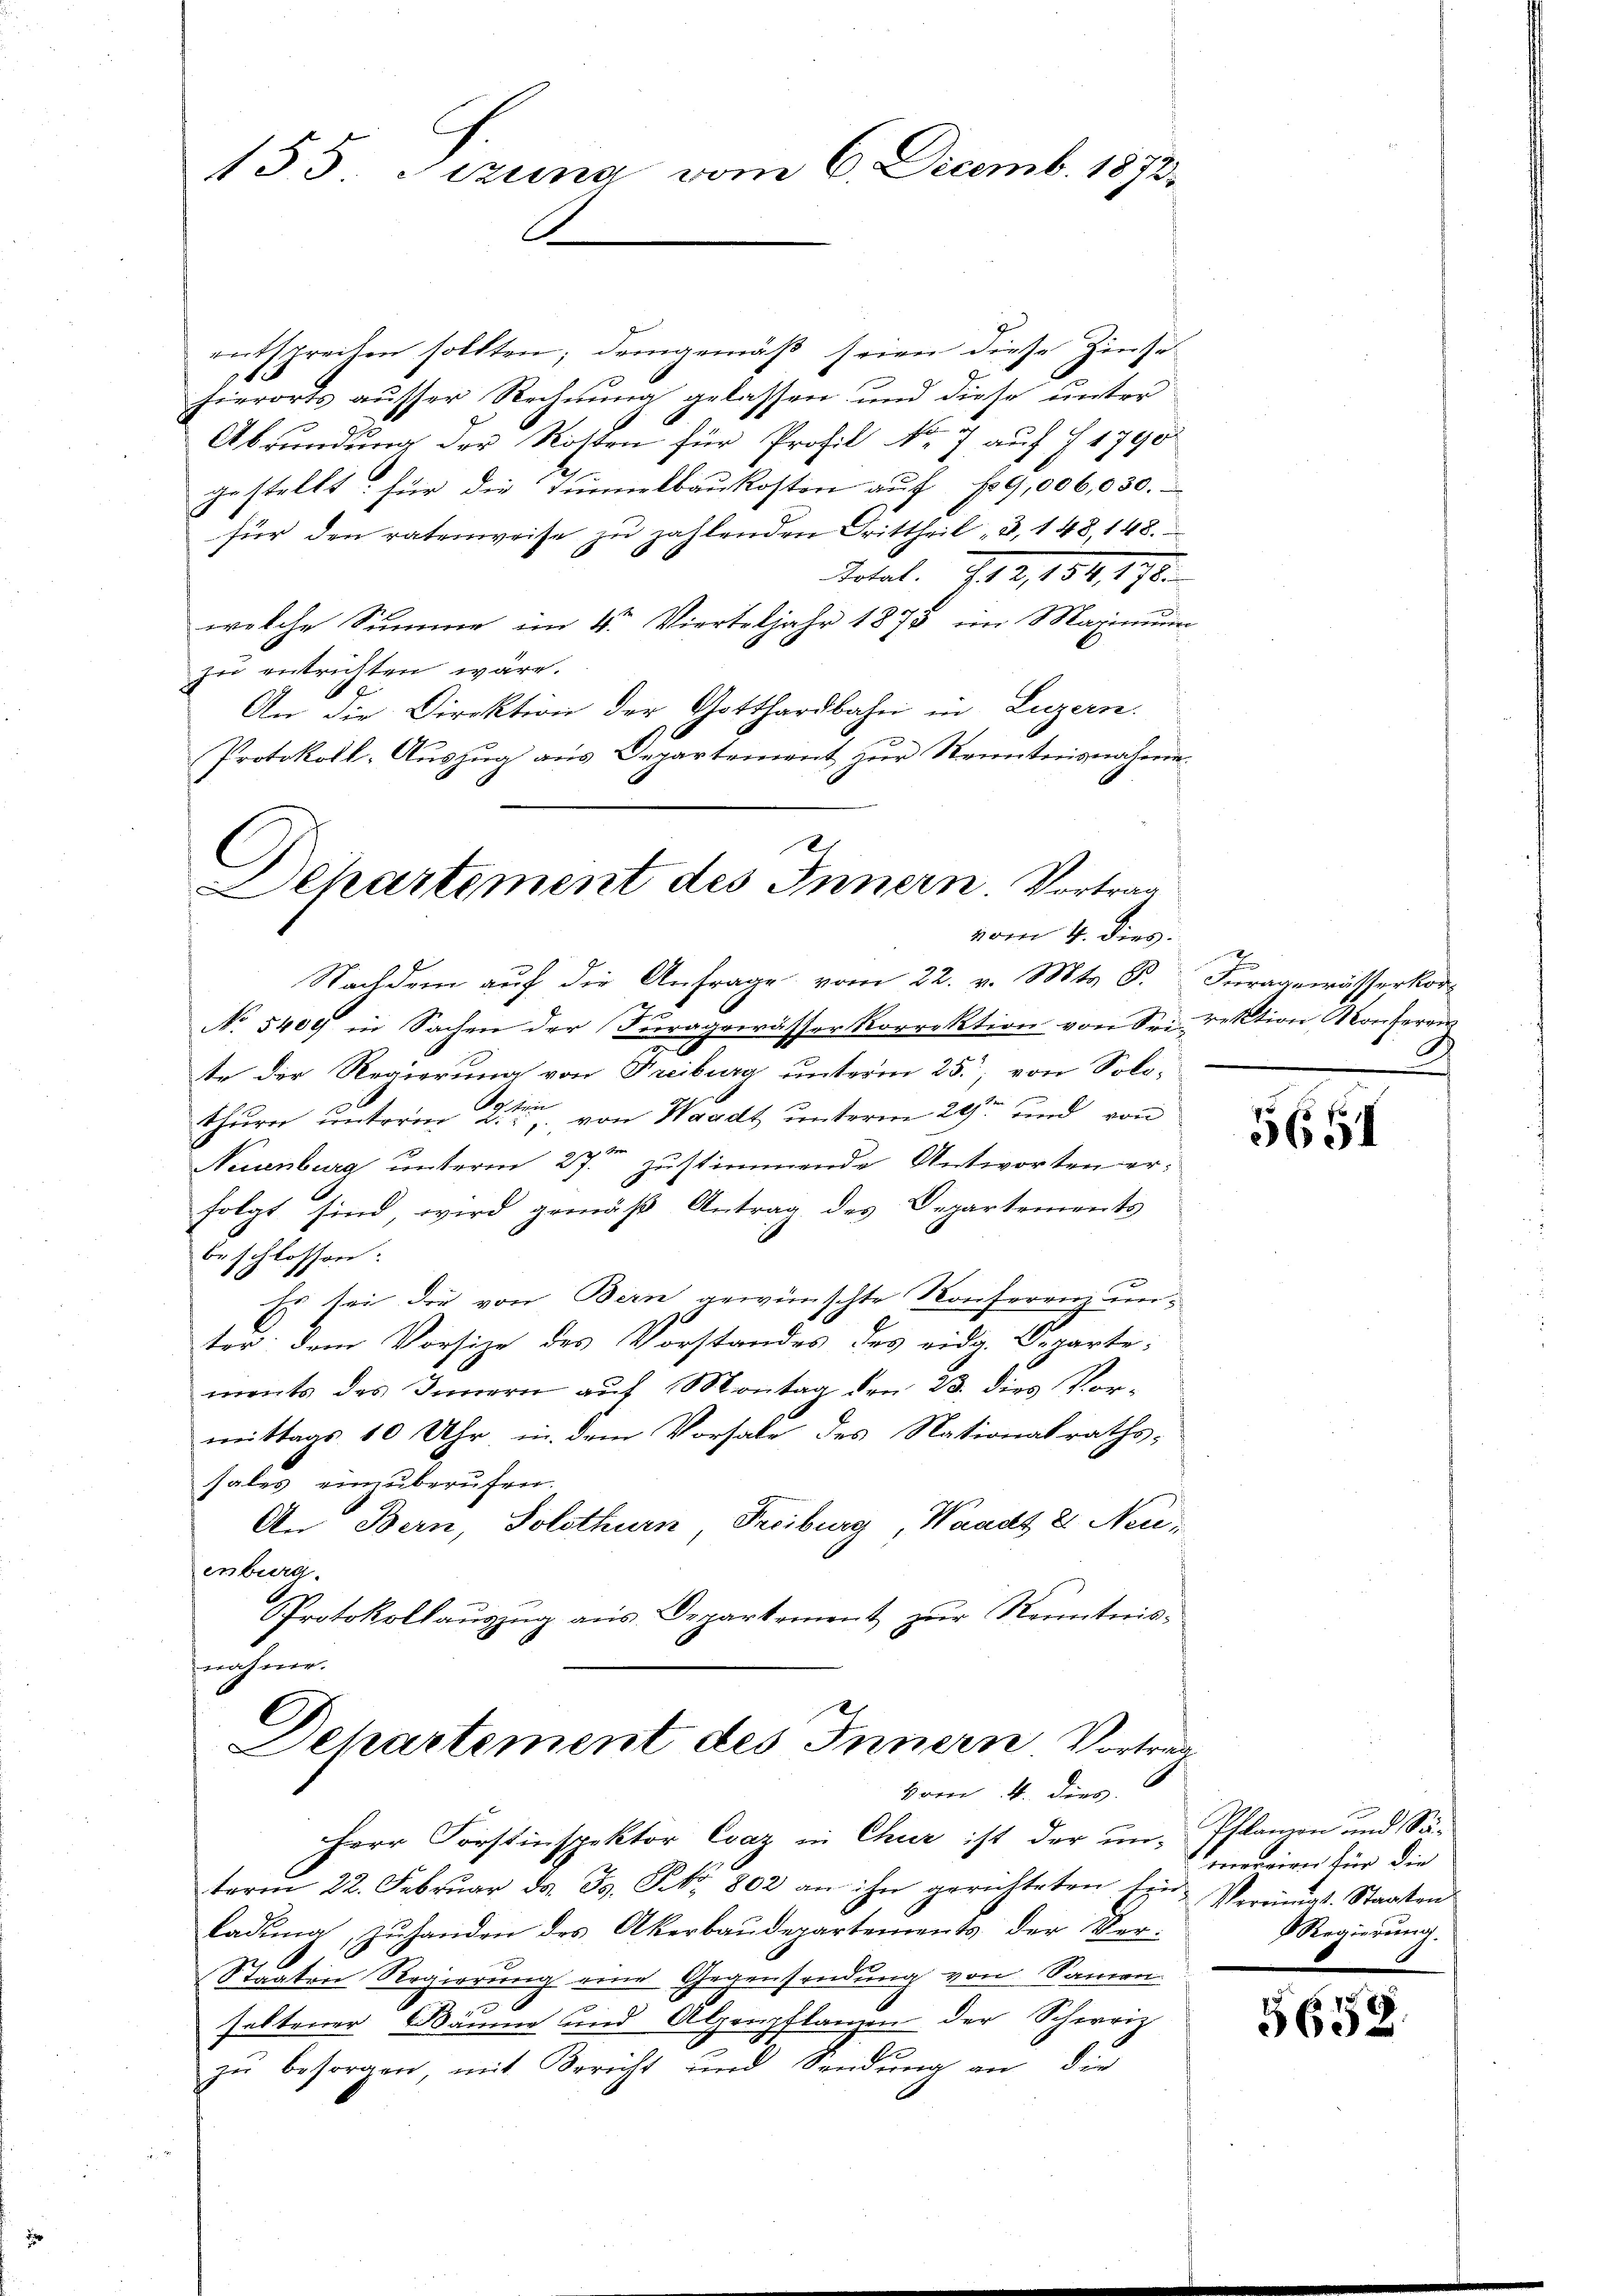
155. Sizung vom 6. Decemb. 1872.

vom 4. dies

Nachdem aŭf die Anfrage vom 22. v. Mts. S. Fragewässerkor-
No 5400 in Sachen der Fragewässer Korrektion von Sei rektion Konferen
te der Regierung von Freiburg unterm 25. von Solo-
thurn unterm 2ten von Waadt unterm 29sten und von
Neuenburg unterm 27ten zustimmende Antworten erfolgt sind, wird gemäß Antrag des Departements
beschlossen:
Es sei die von Bern gewünschte Konferenz unter: dem Vorsitze des Vorstandes des eidg. Departe:
ments des Innern auf Montag den 23. dies Vor-
mittags 10 Uhr, in dem Vorsale des Nationalraths-
sales einzuberufen.
An Bern, Solothurn, Freiburg, Waadt 8. Neuenburg.
Protokollauszug aus Departement zur Kenntnisenahmen.

Dehartement des Innern Vortrag
vom 4. dies

Herr Forstinspektor Evaz in Chur ist der in Pflanzen und Sä-
term 22. Febrŭar d. Js. Frk. 802 an ihn gerichteten ten-Verŭngs-Staaten
ladŭng, zŭ handen des Akerbaudepartements der Ver-
B
Staaten Regierung eine Gegensendung von Samen
saltener Bäume und Alpenpflanzen der Schweiz
zu besorgen, mit Bericht und Sendung an die

entsprechen sollten; demgemäß seien diese Zinse
.
hierorts ausser Rechnung gelassen und diese unter
Abrundung der Rosten für Profil Nr. 7 auf § 1790
6
gestellt für die Tunnelbaukosten auf 19,006,030.
für den ratenweise zu zahlenden Grittheil, u. 148, 148.
Total. 702, 154, 178.
welche Summe im 4te Vierteljahr 1878 im Maximum
zu entrichten wäre.
An die Direktion der Gotthardbahn in Luzern.
Protokoll-Auszug aus Departement zur Kenntnisnahme
2.
C
Departement des Innern. Vortrag

E
G

565

mereien für die
Regierung.

5652